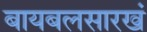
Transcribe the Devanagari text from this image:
बायबलसारखं